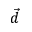
\vec { d }